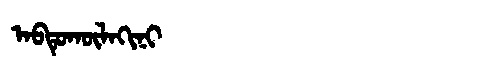
Manchu: ᠠᠪᡨᡠᡴᡡᠯᠠᡴᡳᠨᡳ
Romanization: ABTUKŪLAKINI